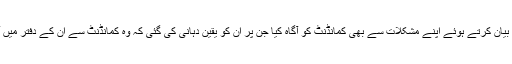
تقریب میں شہداء کے ورثاء نے اپنے تاثرات بیان کرتے ہوئے اپنے مشکلات سے بھی کمانڈنٹ کو آگاہ کیا جن پر ان کو یقین دہانی کی گئی کہ وہ کمانڈنٹ سے ان کے دفتر میں آکر ملیں تاکہ انکے مسائل حل کئے جا سکیں۔